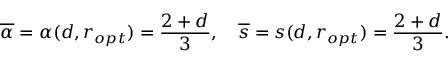
\overline { { \alpha } } = \alpha ( d , r _ { o p t } ) = \frac { 2 + d } { 3 } , \ \ \ \overline { { s } } = s ( d , r _ { o p t } ) = \frac { 2 + d } { 3 } .